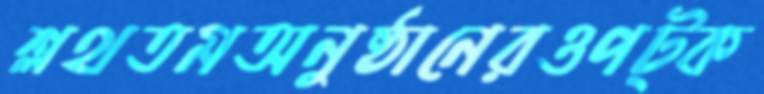
শ্লথতমঅনুষ্ঠানেরওপট্‌ক